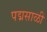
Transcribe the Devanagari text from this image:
पद्मसाळी